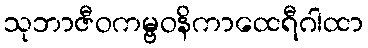
သုဘာဇီဝကမ္ဗဝနိကာထေရီဂါထာ